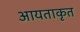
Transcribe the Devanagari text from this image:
आयताकृत